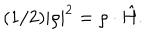
( 1 / 2 ) | \rho | ^ { 2 } = { \rho } \cdot \hat { H } .